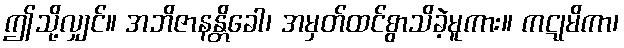
ဤသို့လျှင်။ အဘိဇာနန္တိခေါ၊ အမှတ်ထင်စွာသိခဲ့မူကား။ ကဋုမိကာ၊